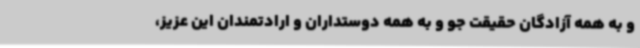
و به همه آزادگان حقیقت جو و به همه دوستداران و ارادتمندان این عزیز،